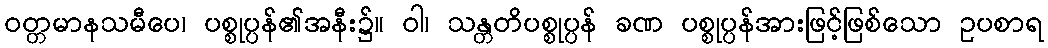
ဝတ္တမာနသမီပေ၊ ပစ္စုပ္ပန်၏အနီး၌။ ဝါ၊ သန္တတိပစ္စုပ္ပန် ခဏ ပစ္စုပ္ပန်အားဖြင့်ဖြစ်သော ဥပစာရ